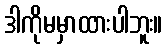
ဒါကိုမမှာထားပါဘူး။